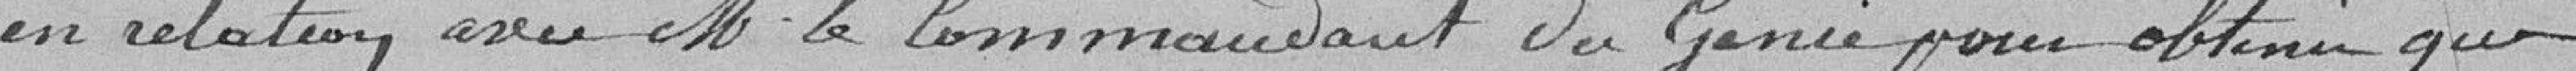
en relation avec Monsieur le Commandant du Génie pour obtenir que